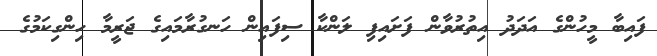
ފައިބާ މީހުންގެ އަދަދު އިތުރުވާން ފަށައިފި ލަންކާ ސިފައިން ހަނގުރާމައިގެ ޖަރީމާ ހިންގިކަމުގެ